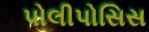
પોલીપોસિસ